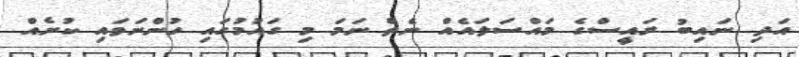
އަދި ނައިބު ރައީސްގެ މައްސަލައެއް ނެތް ނަމަ މި ގައުމުގައި ހުންނަވައި ކުށެއް